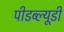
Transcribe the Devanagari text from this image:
पीडब्‍ल्‍यूडी